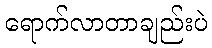
ရောက်လာတာချည်းပဲ